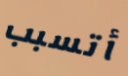
أتسبب